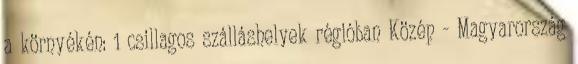
a környékén: 1 csillagos szálláshelyek régióban Közép - Magyarország